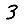
Digit: 3